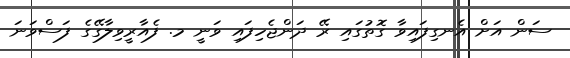
ސަން އަށް އެނގިފައިވާ ގޮތުގައި ރޭ ދަންޖެހިފައި ވަނީ މ. ފެއާރީވިލާގޭގެ ފަސްވަނަ